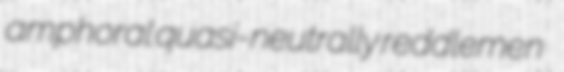
amphoral quasi-neutrally reddlemen